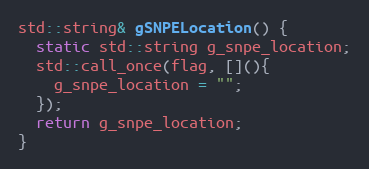
Language: C++
std::string& gSNPELocation() {
  static std::string g_snpe_location;
  std::call_once(flag, [](){
    g_snpe_location = "";
  });
  return g_snpe_location;
}